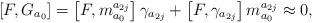
LaTeX: \begin{align*}\left[ F,G_{a_{0}}\right] =\left[ F,m_{a_{0}}^{a_{2j}}\right] \gamma_{a_{2j}}+\left[ F,\gamma _{a_{2j}}\right] m_{a_{0}}^{a_{2j}}\approx 0,\end{align*}